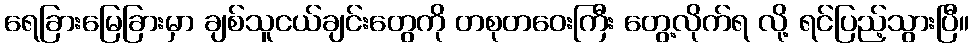
ရေခြားမြေခြားမှာ ချစ်သူငယ်ချင်းတွေကို တစုတဝေးကြီး တွေ့လိုက်ရ လို့ ရင်ပြည့်သွားပြီ။